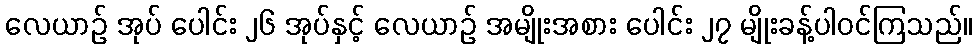
လေယာဉ် အုပ် ပေါင်း ၂၆ အုပ်နှင့် လေယာဉ် အမျိုးအစား ပေါင်း ၂၇ မျိုးခန့်ပါဝင်ကြသည်။